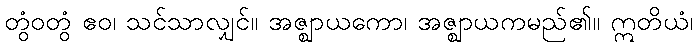
တွံဝတွံ ဧဝ၊ သင်သာလျှင်။ အဇ္ဈာယကော၊ အဇ္ဈာယကမည်၏။ ဣတိယံ၊